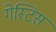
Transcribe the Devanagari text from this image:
गेस्टिस